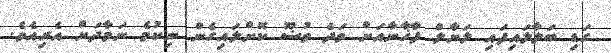
ގަޑި ބަލާލައިފައި ލަޔާލް ފާޚާނާއަށް ވަދެ ވުޟޫ ކޮށްލައިގެން ނިކުމެ ނަމާދަށް އެރިއެވެ.